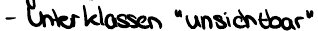
- Unterklassen "unsichtbar"